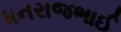
ધનરાજભાઈ